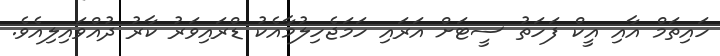
ހައިތަމް އާއި އީކް ފަހަތު ސީޓަށް އަރައި ހަމަޖެހިލުމާއެކު ޑްރައިވަރު ކާރު ދުއްވައިލިއެވެ.